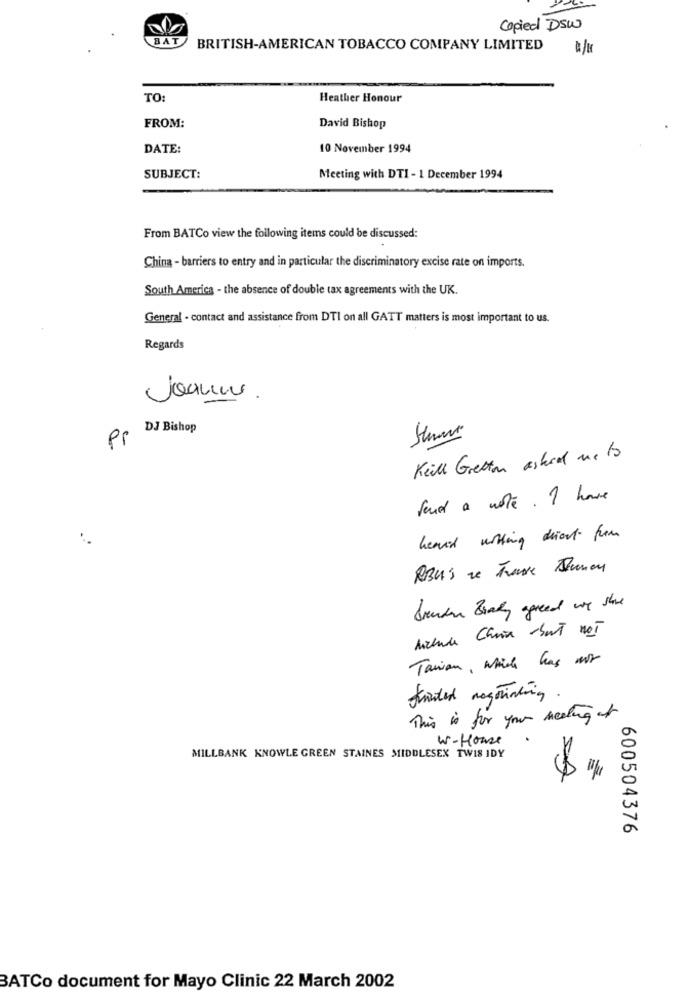
Copied DSW
BAT
BRITISH-AMERICAN TOBACCO COMPANY LIMITED
TO:
Heather Honour
FROM:
David Bishop
DATE:
10 November 1994
SUBJECT:
Meeting with DTI - 1 December 1994
From BATCo view the following items could be discussed:
China - barriers to entry and in particular the discriminatory excise rate on imports.
South America - the absence of double tax agreements with the UK.
General - contact and assistance from DTI on all GATT matters is most important to us.
Regards
Joanne.
DJ Bishop
Pr
Keill Gretton asked me to
Send a note . I have
heard withing direct from
brenden Brady agreed we share
Michade Choix but not
Tanian , which has nor
This is for your meeting of
W-House
MILLBANK KNOWLE GREEN STAINES MIDDLESEX TWIS IDY
600504376
BATCo document for Mayo Clinic 22 March 2002